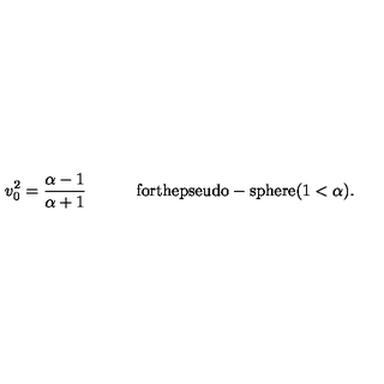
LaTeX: v _ { 0 } ^ { 2 } = { \frac { \alpha - 1 } { \alpha + 1 } } \qquad \quad \mathrm { f o r t h e p s e u d o - s p h e r e } ( 1 < \alpha ) .